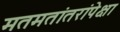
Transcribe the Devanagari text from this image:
मतमतांतरांपेक्षा